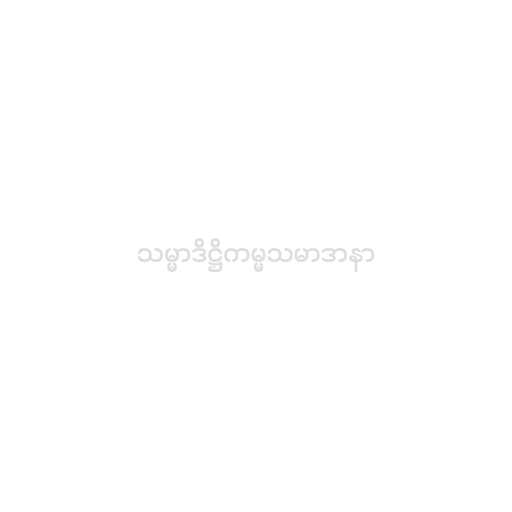
သမ္မာဒိဋ္ဌိကမ္မသမာဒာနာ